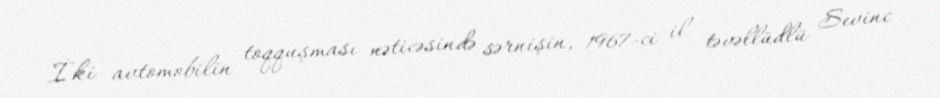
İki avtomobilin toqquşması nəticəsində sərnişin, 1967-ci il təvəllüdlü Sevinc